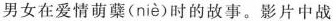
男女在爱情萌蘖( niè )时的故事。影片中战